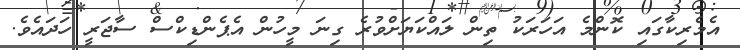
އެމެރިކާގައި ކޮންމެ އަހަރަކު ތިން ލައްކަޔަށްވުރެ ގިނަ މީހުން އެޕެންޑިކްސް ސާޖަރީ ހަދައެވެ.